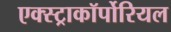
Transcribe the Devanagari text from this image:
एक्स्ट्राकॉर्पोरियल